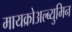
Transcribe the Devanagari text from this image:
मायक्रोअल्ब्युमिन